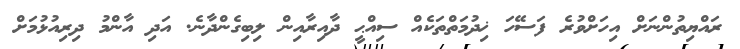
ރައްޔިތުންނަށް އިހަށްވުރެ ފަސޭހަ ޚިދުމަތްތަކެއް ސިއްޙީ ދާއިރާއިން ލިބިގެންދާނެ. އަދި އާންމު ދިރިއުޅުމަށް